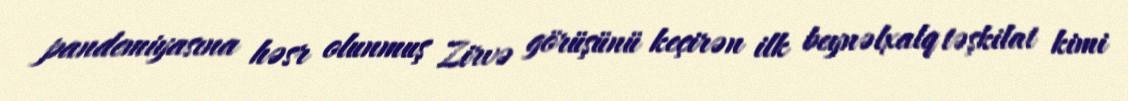
pandemiyasına həsr olunmuş Zirvə görüşünü keçirən ilk beynəlxalq təşkilat kimi